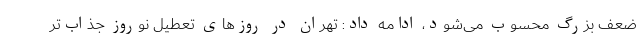
ضعف بزرگ محسوب می‌شود، ادامه داد: تهران در روزهای تعطیل نوروز جذاب‌تر